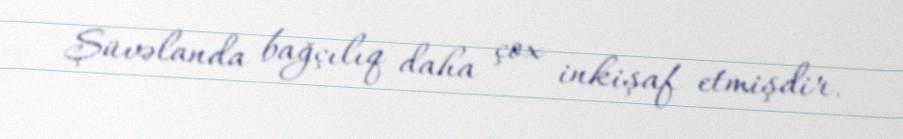
Şüvəlanda bağçılıq daha çox inkişaf etmişdir.